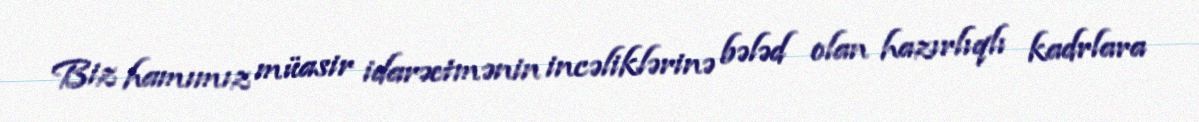
Biz hamımız müasir idarəetmənin incəliklərinə bələd olan hazırlıqlı kadrlara